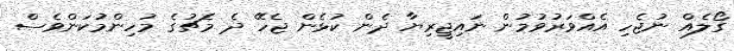
ގޯލެއް ނުޖެހި އެއްވަރުވުމުން ނައިޖީރިޔާ ދެން ކުޅެން ޖެހޭ ދެ މެޗުގެ މުހިންމުކަންވެސް